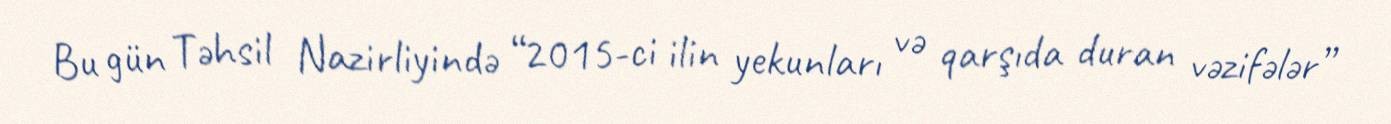
Bu gün Təhsil Nazirliyində “2015-ci ilin yekunları və qarşıda duran vəzifələr”